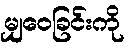
မျှဝေခြင်းကို